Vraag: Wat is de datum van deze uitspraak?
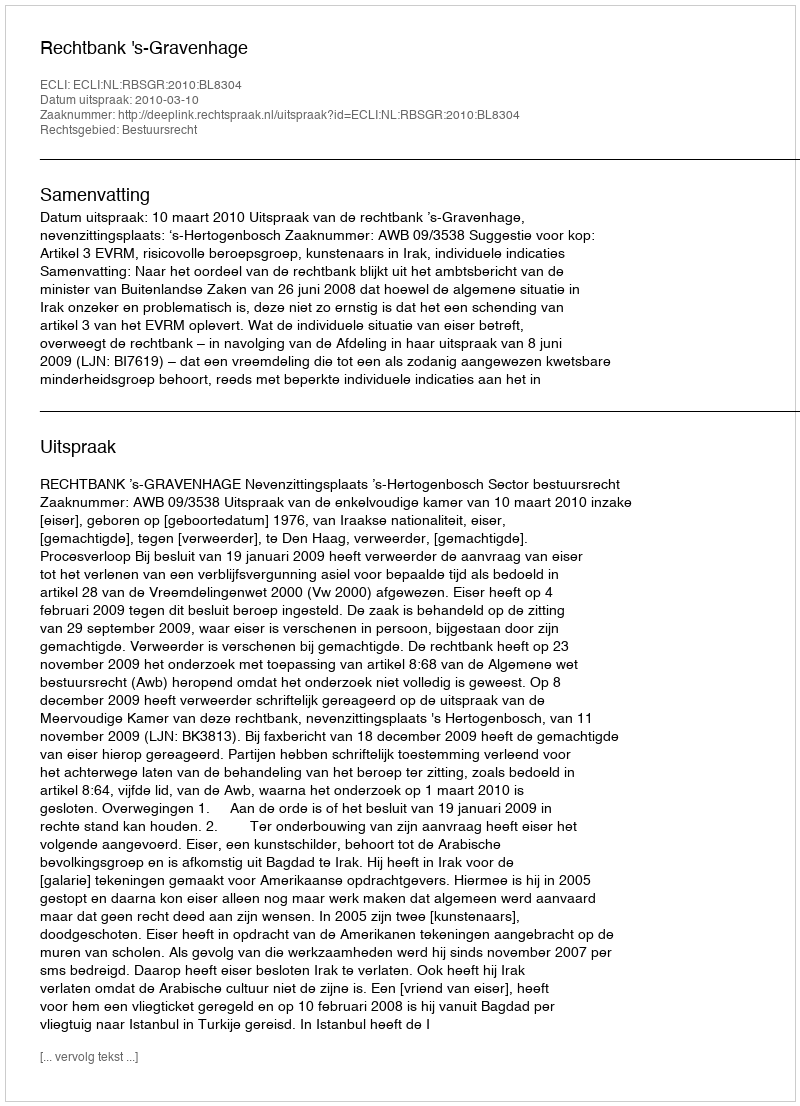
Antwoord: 2010-03-10